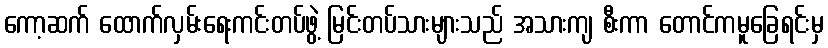
ကော့ဆက် ထောက်လှမ်းရေးကင်းတပ်ဖွဲ့ မြင်းတပ်သားများသည် အသားကျ စီးကာ တောင်ကမူခြေရင်းမှ